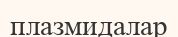
плазмидалар